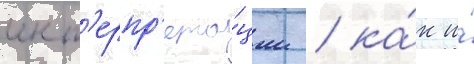
инт'ерпр'ета́ции / ка́к и́